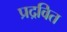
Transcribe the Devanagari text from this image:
प्रद्रवित